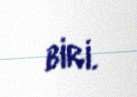
biri.